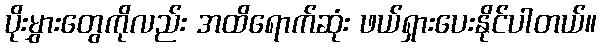
ပိုးမွှားတွေကိုလည်း အထိရောက်ဆုံး ဖယ်ရှားပေးနိုင်ပါတယ်။